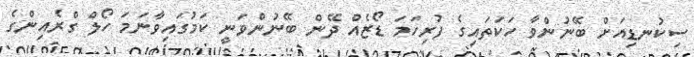
ސިކުނޑިއަށް ބޭނުންވާ ހަކަތައިގެ ފުރިހަމަ ޑޯޒެއް ދޭން ބޭނުންވަނީ ކަމުގައިވާނަމަ ހޯލް ގްރެއިންގެ